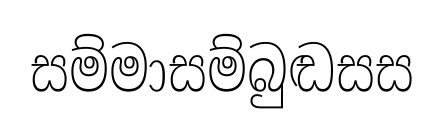
සම්මාසම්බුඬසස